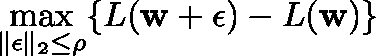
\operatorname* { m a x } _ { \| \mathbf { \epsilon } \| _ { 2 } \leq \rho } \{ L ( \mathbf { w } + \mathbf { \epsilon } ) - L ( \mathbf { w } ) \}